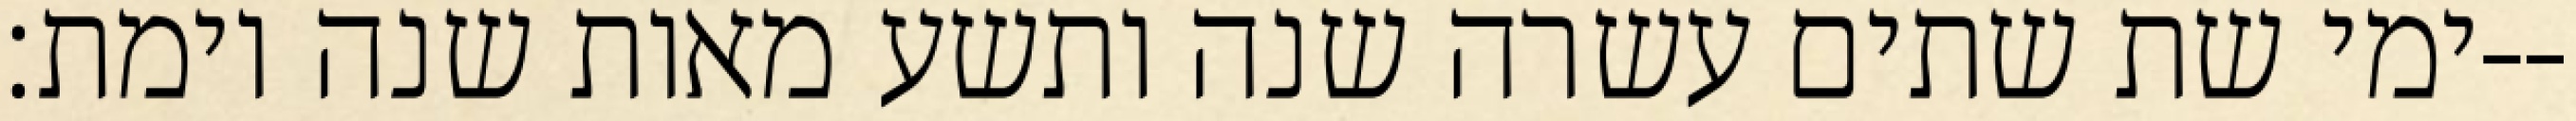
ימי שת שתים עשרה שנה ותשע מאות שנה וימת׃--